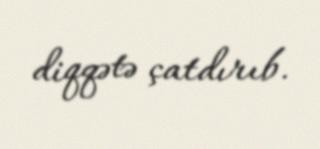
diqqətə çatdırıb.